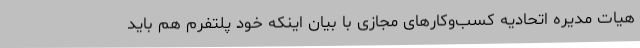
هیات مدیره اتحادیه کسب‌وکارهای مجازی با بیان اینکه خود پلتفرم هم باید